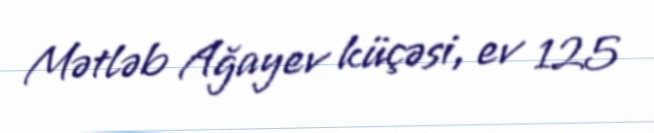
Mətləb Ağayev küçəsi, ev 125